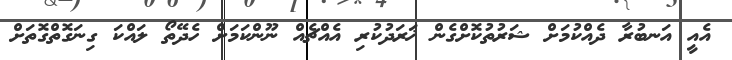
އެއީ އަނބުރާ ދެއްކުމަށް ޝަރުތުކޮށްގެން ޚަރަދުކުރި އެއްޗެއް ނޫންކަމަށް ހެދޭތޯ ލައްކަ ގިނަގޮތްގޮތަށް